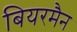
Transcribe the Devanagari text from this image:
बियरमैन